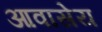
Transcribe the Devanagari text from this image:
आवासेय